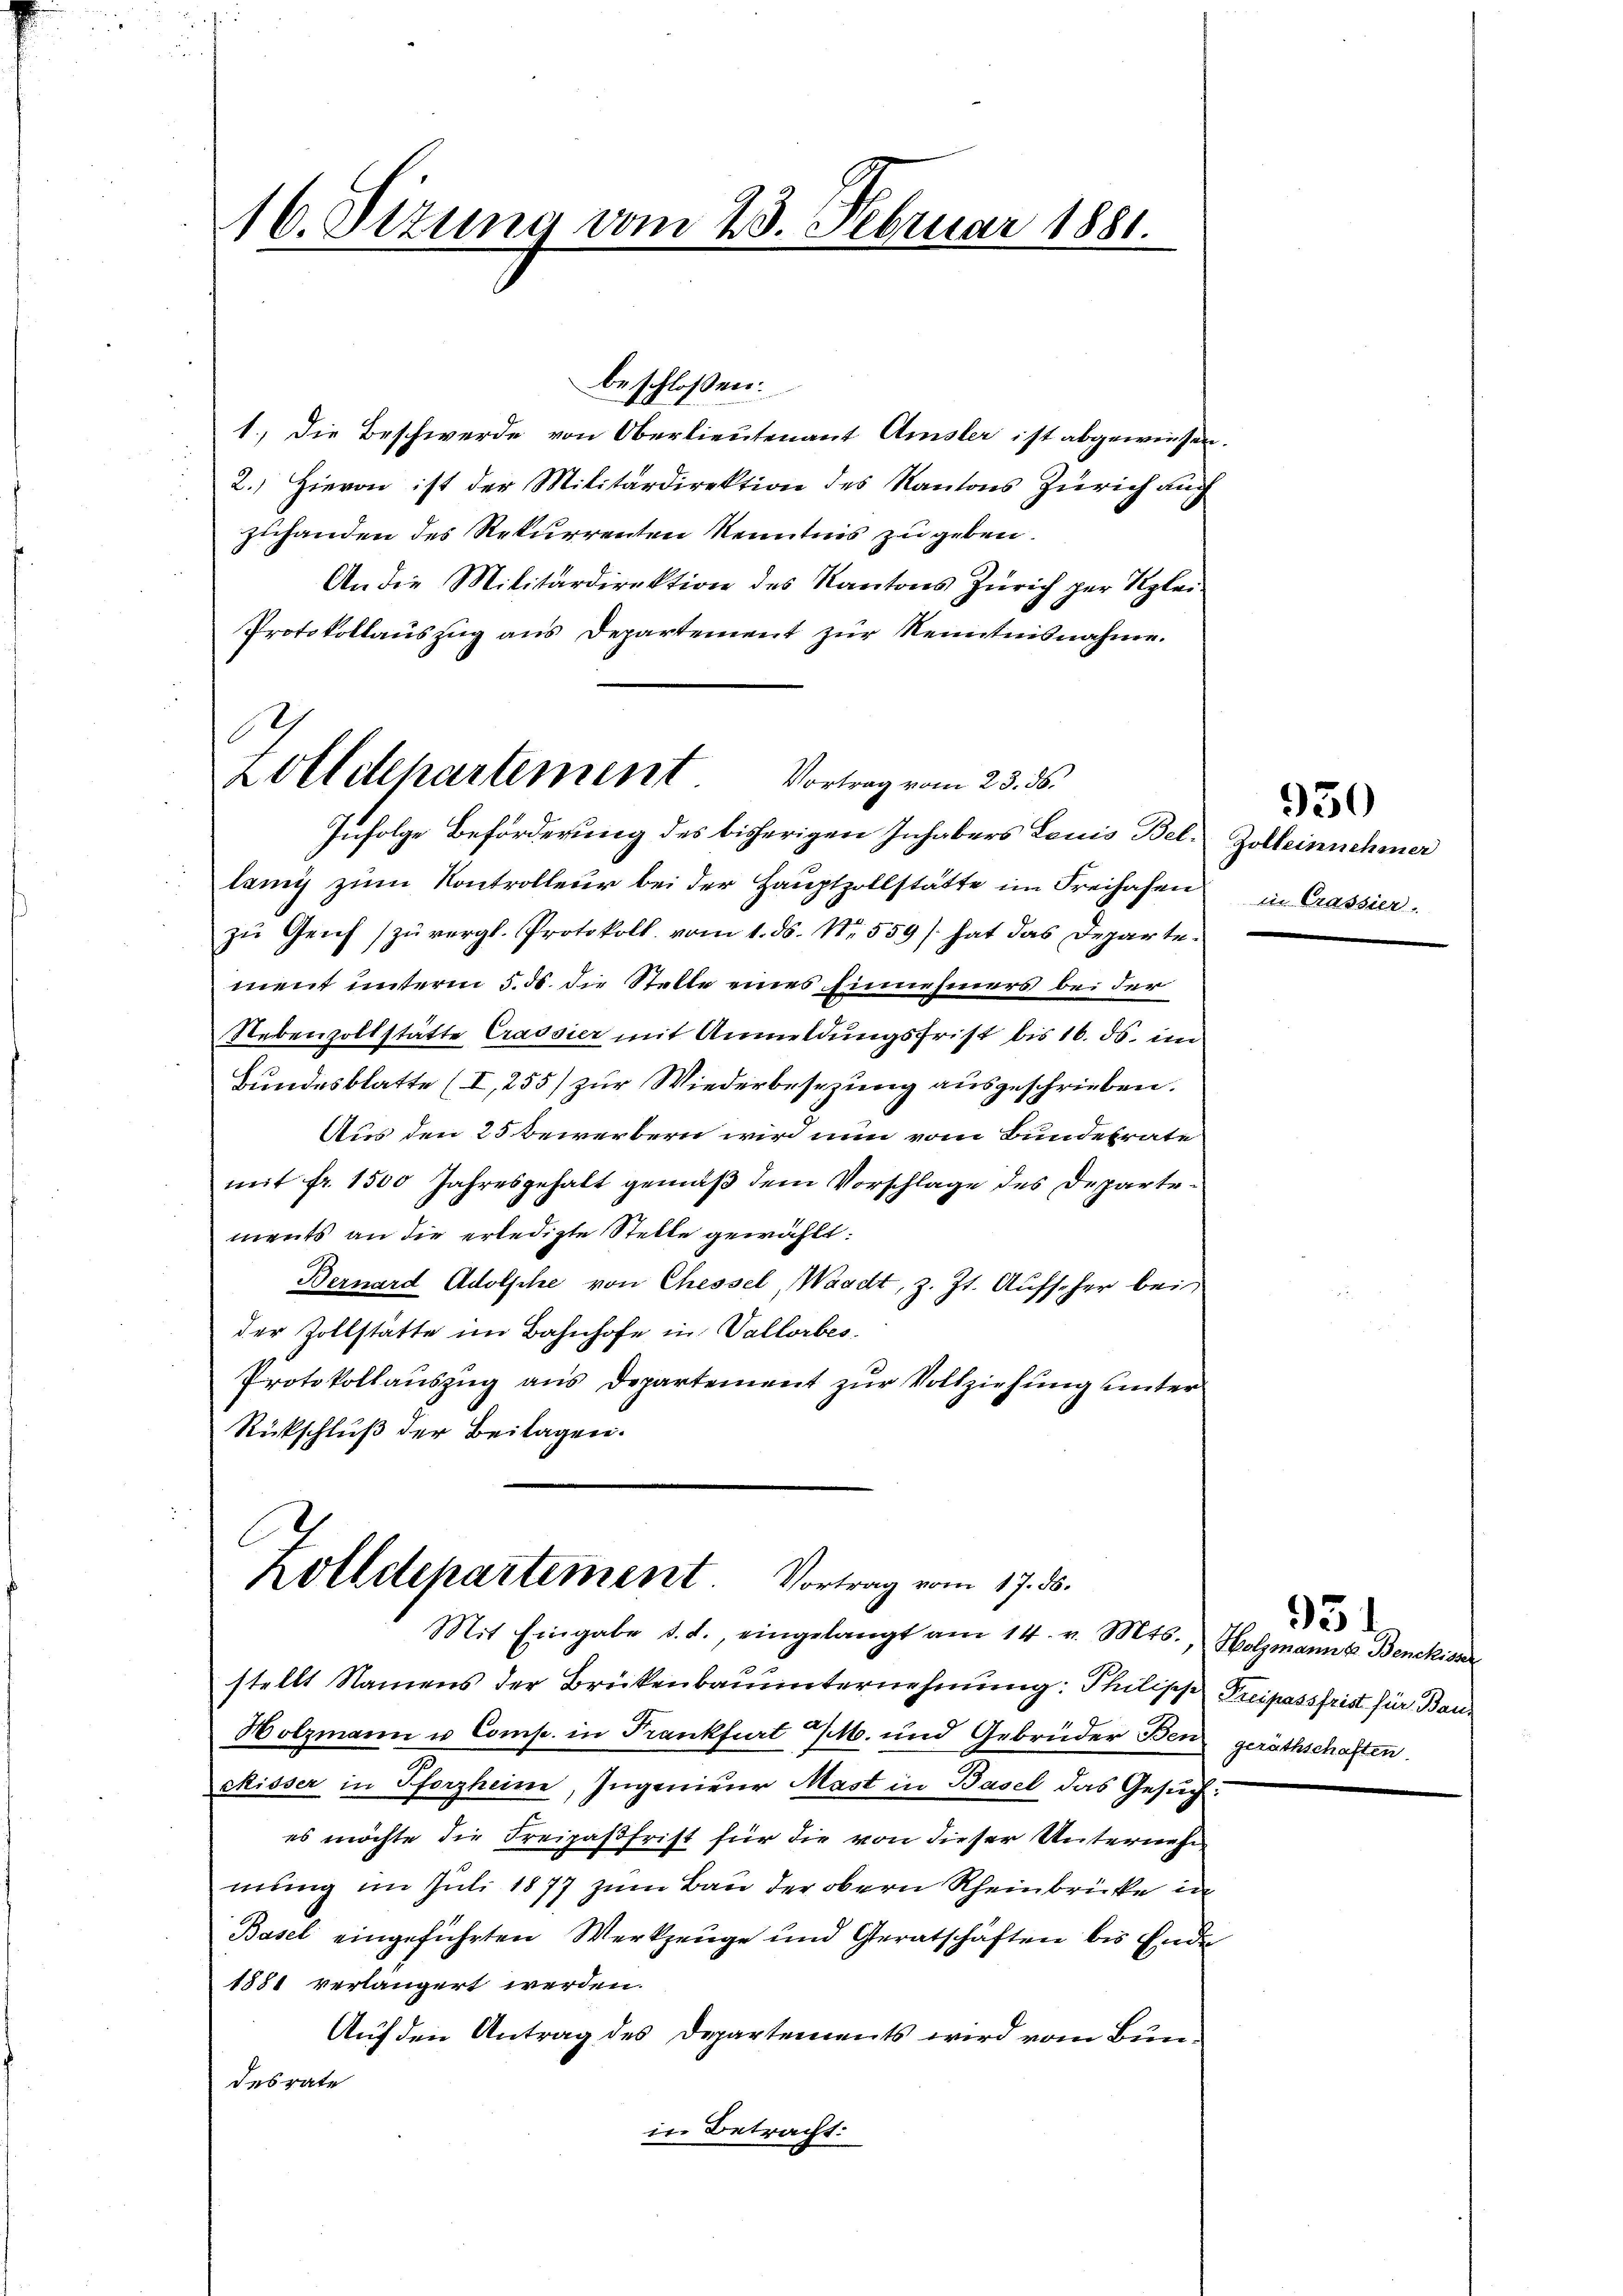
16. Stzung vom 23. Februar 1881.

1.) Die Beschwerde von Oberlieutenant Amsler ist abgewiesen,
2.) Hievon ist der Militärdirektion des Kantons Zürich auch
zuhanden des Rekurrenten Kenntnis zu geben.
An die Militärdirektion des Kantons Zürich zur Klei¬
Protokollauszug aus Departement zŭr Kenntnisnahme.
lang zum Kontrolleur bei der Hauptzollstätte im Freihafen in Crassier
zu Genf (zu vergl. Protokoll vom 1. ds. No. 559 /. hat das Departement unterm 5. ds. die Stelle eines Einnehmers bei der
Nebenzollstätte Crassier mit Anmeldungsfrist bis 16. ds. im
Bundesblatte (I,255/ zur Wiederbesezung ausgeschrieben.
Aus den 25 bewerbern wird nun vom Bundesrate
mit fr. 1500 Jahresgehalt gemäß dem Vorschlage des Departements an die erledigte Stelle gewählt:
Bernard Adolphe von Chessel, Waadt, z. Zt. Aufseher bei
der Zollstätte im Bahnhofe in Vallorbes
Protokollauszug aus Departement zur Vollziehung unter
Rückschluß der Beilagen.

beschlossen:

A
Lolldepartement
Vortrag vom 23. ds.
Infolge Beförderung des bisherigen Inhabers Louis Bel¬

Zolldepartement Vortrag vom 17. ds.
Mit Eingabe d. d. eingelangt am 14. v. Mts., Holzmanna Benckisser
stellt Namens der Brückenbaŭŭnternehmung: Philipp Treipassfrist für Bau¬

Holzmann u. Comp. in Frankfurt M. und Gebrüder Ben geräthschaften.
Risser in Pforzheine, Ingenierer Mast in Basel das Gesuch:
es möchte die Freipasfrist für die von dieser Unternehm
mung im Juli 1877 zum Bau der obern Rheinbrücke in
Basel eingeführten Werkzeuge und Geratschäften bis Ende
1881 verlängert werden.
Auf den Antrag des Departements wird vom Bundesrate
in Betracht:

Zolleinnehmer

950

331